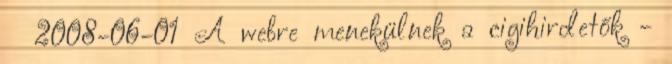
2008-06-01 A webre menekülnek a cigihirdetők -